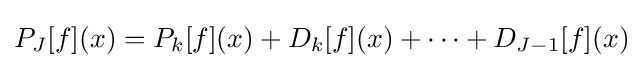
P_{J}[f](x)=P_{k}[f](x)+D_{k}[f](x)+\dots +D_{J-1}[f](x)